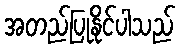
အတည်ပြုနိုင်ပါသည်